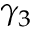
\gamma _ { 3 }